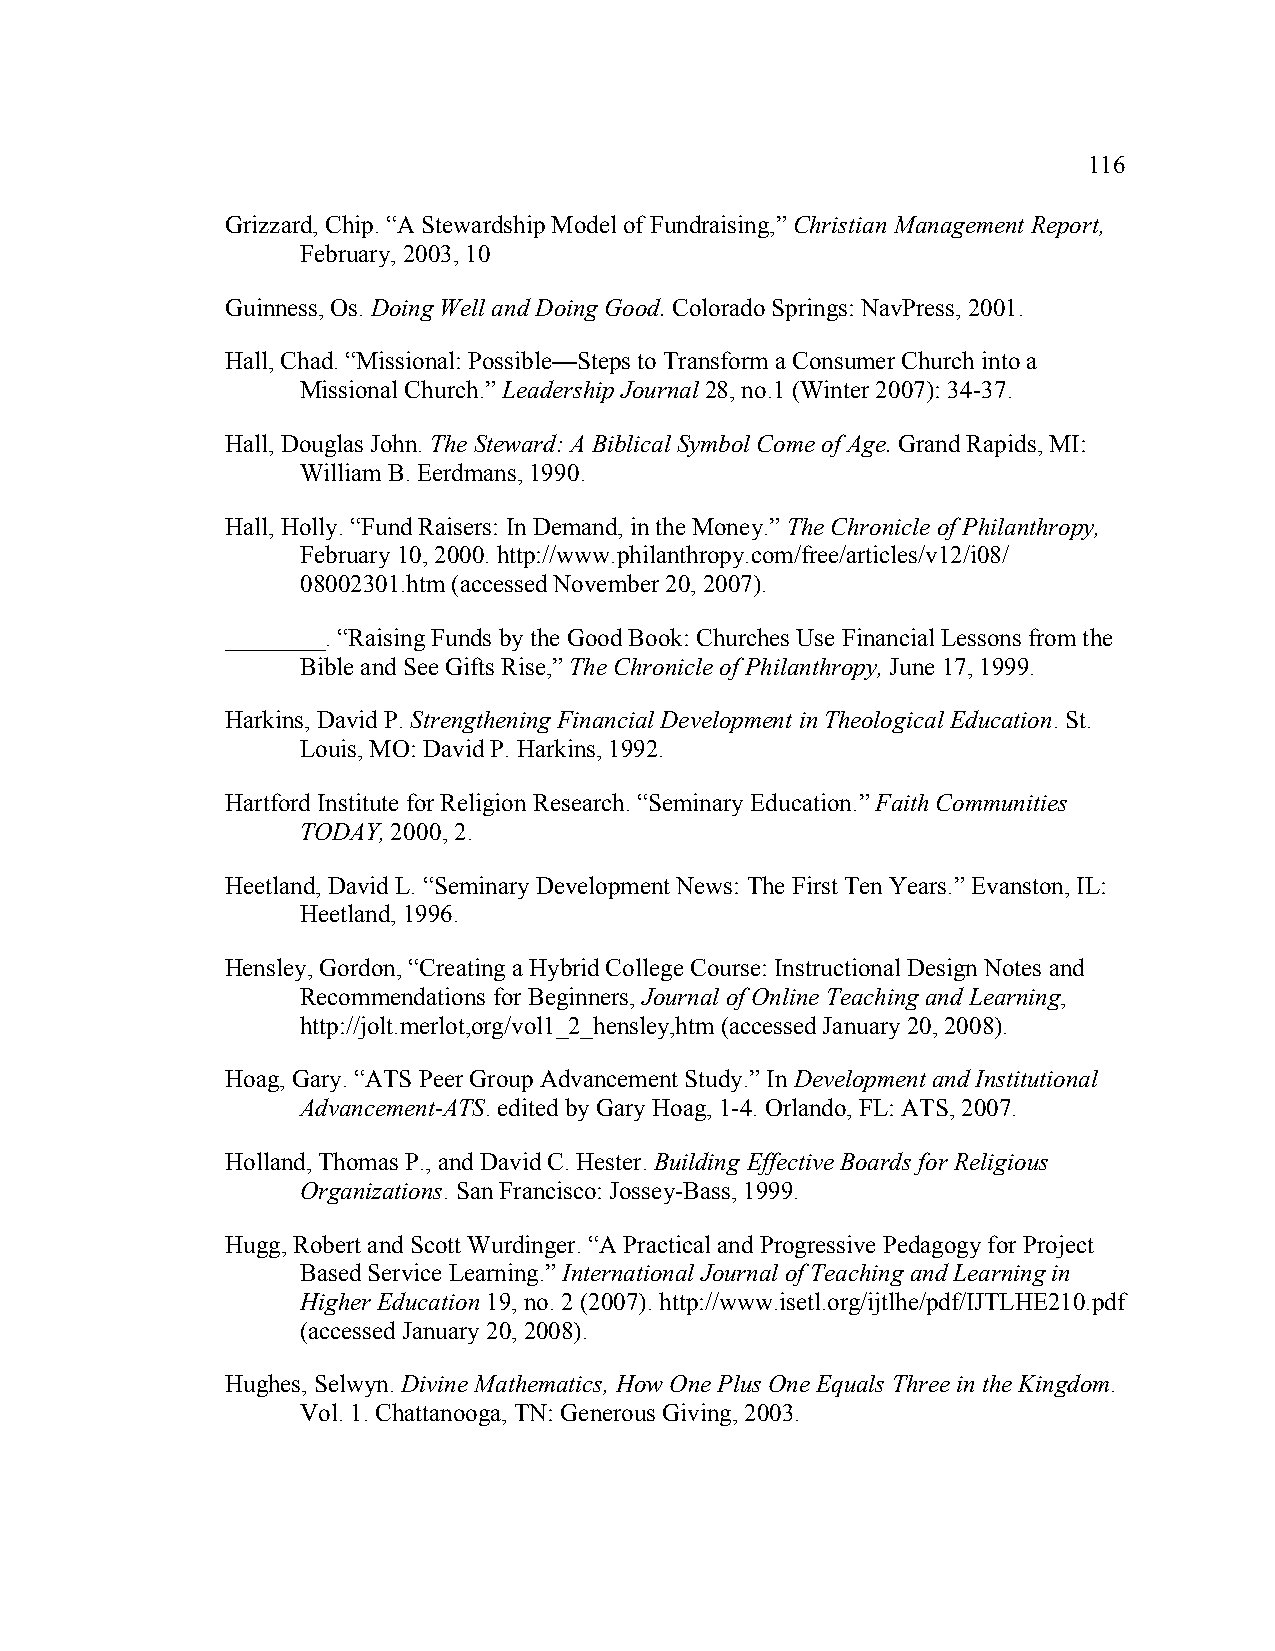
116
 Grizzard, Chip. “A Stewardship Model of Fundraising,” Christian Management Report,
 February, 2003, 10
 Guinness, Os. Doing Well and Doing Good. Colorado Springs: NavPress, 2001.
 Hall, Chad. “Missional: Possible—Steps to Transform a Consumer Church into a
 Missional Church.” Leadership Journal 28, no.1 (Winter 2007): 34-37.
 Hall, Douglas John. The Steward: A Biblical Symbol Come of Age. Grand Rapids, MI:
 William B. Eerdmans, 1990.
 Hall, Holly. “Fund Raisers: In Demand, in the Money.” The Chronicle of Philanthropy,
 February 10, 2000. http://www.philanthropy.com/free/articles/v12/i08/
 08002301.htm (accessed November 20, 2007).
 ________. “Raising Funds by the Good Book: Churches Use Financial Lessons from the
 Bible and See Gifts Rise,” The Chronicle of Philanthropy, June 17, 1999.
 Harkins, David P. Strengthening Financial Development in Theological Education. St.
 Louis, MO: David P. Harkins, 1992.
 Hartford Institute for Religion Research. “Seminary Education.” Faith Communities
 TODAY, 2000, 2.
 Heetland, David L. “Seminary Development News: The First Ten Years.” Evanston, IL:
 Heetland, 1996.
 Hensley, Gordon, “Creating a Hybrid College Course: Instructional Design Notes and
 Recommendations for Beginners, Journal of Online Teaching and Learning,
 http://jolt.merlot,org/vol1_2_hensley,htm (accessed January 20, 2008).
 Hoag, Gary. “ATS Peer Group Advancement Study.” In Development and Institutional
 Advancement-ATS. edited by Gary Hoag, 1-4. Orlando, FL: ATS, 2007.
 Holland, Thomas P., and David C. Hester. Building Effective Boards for Religious
 Organizations. San Francisco: Jossey-Bass, 1999.
 Hugg, Robert and Scott Wurdinger. “A Practical and Progressive Pedagogy for Project
 Based Service Learning.” International Journal of Teaching and Learning in
 Higher Education 19, no. 2 (2007). http://www.isetl.org/ijtlhe/pdf/IJTLHE210.pdf
 (accessed January 20, 2008).
 Hughes, Selwyn. Divine Mathematics, How One Plus One Equals Three in the Kingdom.
 Vol. 1. Chattanooga, TN: Generous Giving, 2003.